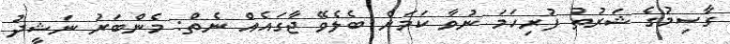
ގާސިމުގެ ޝަރުތު ފުރިހަމަ ނުވާ ކަމަށް ބެލެވޭ ޖާގައެއް ނެތް: މެންބަރު ނަޝީދު